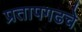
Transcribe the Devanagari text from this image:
प्रतापगढचे